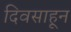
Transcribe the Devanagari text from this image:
दिवसाहून